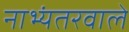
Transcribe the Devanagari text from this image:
नाभ्यंतरवाले